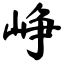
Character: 峥